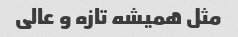
مثل همیشه تازه و عالی